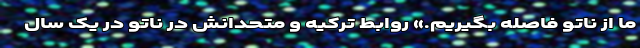
ما از ناتو فاصله بگیریم.» روابط ترکیه و متحدانش در ناتو در یک سال